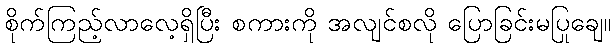
စိုက်ကြည့်လာလေ့ရှိပြီး စကားကို အလျင်စလို ပြောခြင်းမပြုချေ။